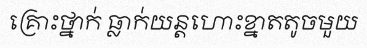
គ្រោះថ្នាក់ ធ្លាក់យន្តហោះខ្នាតតូចមួយ